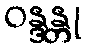
ဝန္ဒန္တု